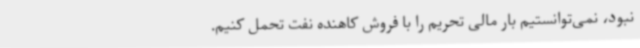
نبود، نمی‌توانستیم بار مالی تحریم را با فروش کاهنده نفت تحمل کنیم.